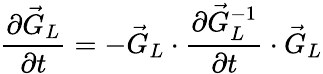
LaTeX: \frac{\partial\vec{G}_{L}}{\partial t}=-\vec{G}_{L}\cdot\frac{\partial\vec{G}_{L}^{-1}}{\partial t}\cdot\vec{G}_{L}